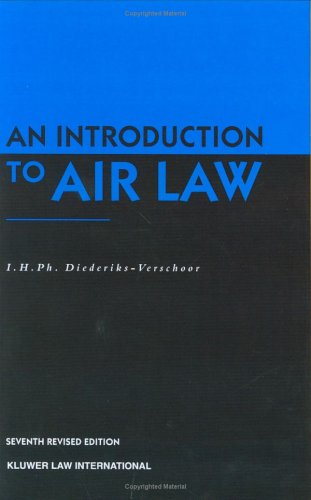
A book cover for An Introduction to Air Law; I. Diederiks-Verschoor; Law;